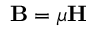
\mathbf { B } = \mu \mathbf { H }